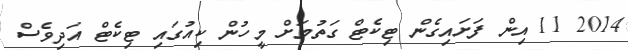
2014 11 އިން ފަށައިގެން ޓިކެޓް ގަތުމަށް މީހުން ކިއުގައި ޓިކެޓް އަދިވެސް